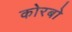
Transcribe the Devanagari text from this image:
कोरबो